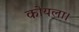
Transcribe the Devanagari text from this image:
कोयला।